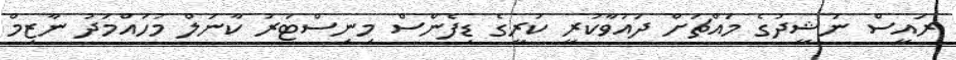
ރައީސް ނަޝީދުގެ މައްޗަށް ދައުވާކުރީ ކުރީގެ ޑިފެންސް މިނިސްޓަރު ކާނަލް މުހައްމަދު ނާޒިމް